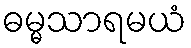
ဓမ္မသာရမယံ